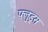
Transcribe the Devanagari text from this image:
फ्लुड्स